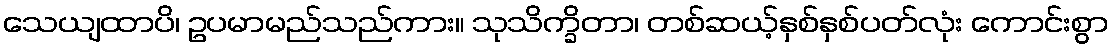
သေယျထာပိ၊ ဥပမာမည်သည်ကား။ သုသိက္ခိတာ၊ တစ်ဆယ့်နှစ်နှစ်ပတ်လုံး ကောင်းစွာ